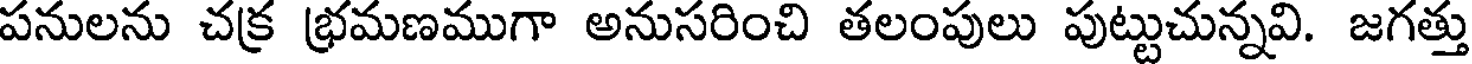
పనులను చక్ర భ్రమణముగా అనుసరించి తలంపులు పుట్టుచున్నవి. జగత్తు